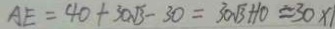
A E = 4 0 + 3 0 \sqrt { 3 } - 3 0 = 3 0 \sqrt { 3 } + 1 0 \approx 3 0 \times 1